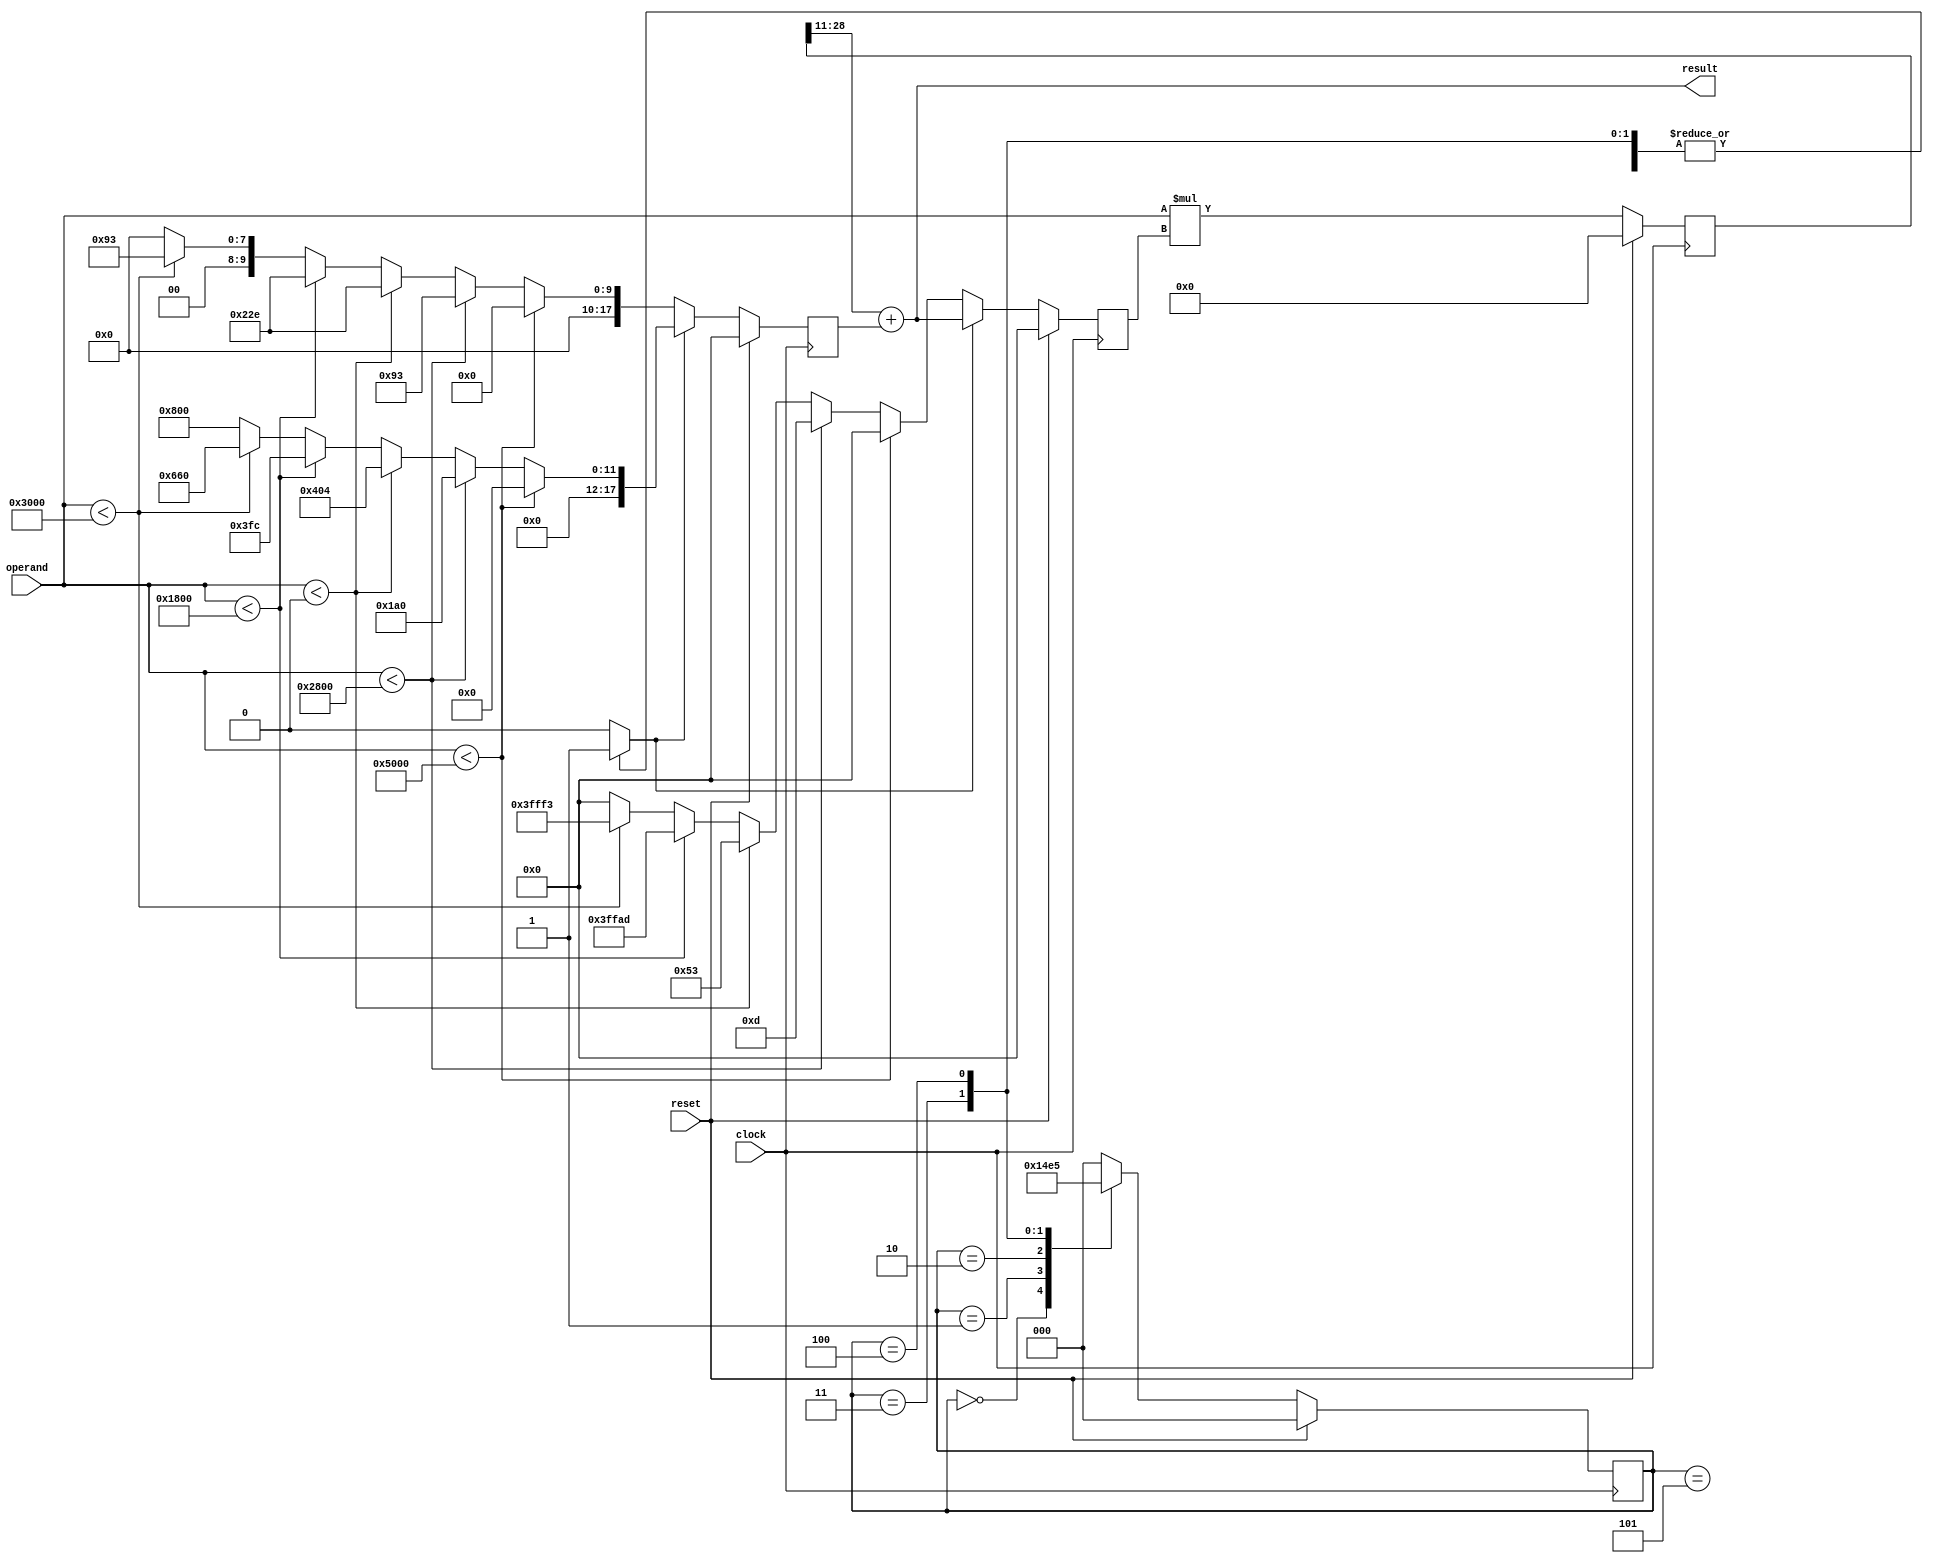
module sigmoid  #(parameter QN = 6,
                  parameter QM = 11) 
                 (input signed  [QN+QM:0] operand,
                  input                 clock,
                  input                 reset,
                  output reg signed [QN+QM:0] result);
   
    parameter BITWIDTH = QN + QM + 1;

    // The polynomial coefficients. FORMAT: pn_ix, where n is the degree of the associated x term, and x is the corresponding interval 
    reg signed [QN+QM:0] p0_i1 = 18'b000000000110100000;
    reg signed [QN+QM:0] p1_i1 = 18'b000000000010010011;
    reg signed [QN+QM:0] p2_i1 = 18'b000000000000001101;
    reg signed [QN+QM:0] p0_i2 = 18'b000000010000000100;    
    reg signed [QN+QM:0] p1_i2 = 18'b000000001000101110;
    reg signed [QN+QM:0] p2_i2 = 18'b000000000001010011;
    reg signed [QN+QM:0] p0_i3 = 18'b000000001111111100;
    reg signed [QN+QM:0] p1_i3 = 18'b000000001000101110;
    reg signed [QN+QM:0] p2_i3 = 18'b111111111110101101;
    reg signed [QN+QM:0] p0_i4 = 18'b000000011001100000;
    reg signed [QN+QM:0] p1_i4 = 18'b000000000010010011;
    reg signed [QN+QM:0] p2_i4 = 18'b111111111111110011;

    reg signed [QN+QM:0] p2;
    reg signed [QN+QM:0] p1;
    reg signed [QN+QM:0] p0;

    // The state register
    reg state;
    reg signed [2*BITWIDTH:0] outputMAC;
    reg signed [BITWIDTH-1:0] multiplierMux;
    reg signed [BITWIDTH-1:0] adderMux;
    //reg signed [BITWIDTH-1:0] result;
    reg interval_mux_active;

	reg [2:0] STATE;
	reg [2:0] NEXT_STATE;
	parameter IDLE            = 3'd0;
	parameter INTERVAL_CHOICE = 3'd1;
	parameter COEF_CHOICE     = 3'd2;
	parameter MAC1 = 3'd3;
	parameter MAC2 = 3'd4;
	parameter END  = 3'd5;

    // Interval selector logic
    always @(*) begin
		if(reset) begin
			p2 <= 18'd0;
			p1 <= 18'd0;
			p0 <= 18'd0;
		end
		else begin
			if (operand < $signed(18'b111101000000000000)) begin
				p2 <= 18'd0;  
				p1 <= 18'd0;   
				p0 <= 18'd0;   
			end
			else if (operand < $signed(18'b111110100000000000)) begin
				p2 <= p2_i1;
				p1 <= p1_i1;
				p0 <= p0_i1;
			end
			else if (operand < $signed(18'd0)) begin
				p2 <= p2_i2;
				p1 <= p1_i2;
				p0 <= p0_i2;
			end
			else if (operand < $signed(18'b000001100000000000)) begin
				p2 <= p2_i3;
				p1 <= p1_i3;
				p0 <= p0_i3;
			end
			else if (operand < $signed(18'b000011000000000000)) begin
				p2 <= p2_i4;
				p1 <= p1_i4;
				p0 <= p0_i4;
			end
			else begin
				p2 <= 18'd0;
				p1 <= 18'd0;
				p0 <= 18'b000000100000000000;
			end
		end
    end

    // The coefficient multiplier input Muxes
    always @(posedge clock) begin
        if(reset) begin
            multiplierMux <= 18'd0;
            adderMux      <= 18'd0;
        end
        else begin
            if (state == 1'b0) begin
                multiplierMux <= p2;
                adderMux <= p1;
            end
            else begin
                multiplierMux <= result;
                adderMux <= p0;
            end
        end
    end
    
    always @(posedge clock) begin
		if(reset) begin
			outputMAC <= 37'b0;
			//resultP   <= 18'd0;
		end 
		else begin
			outputMAC <= operand*multiplierMux;
			//resultP   <= result;
		end
	end
	
	always @(*) begin
		result = (outputMAC >>> QM) + adderMux;
	end
    
    
    // --- Finite State Machine --- //
    always @(posedge clock) begin
		if(reset) begin
			STATE <= IDLE;
		end
		else begin
			STATE <= NEXT_STATE;
		end
	end
	
	always @(*) begin
		case(STATE)
		
		IDLE:
		begin
			interval_mux_active = 1;
			state =0;

		end
		
		INTERVAL_CHOICE:
		begin
			interval_mux_active = 1;
			state =0;

		end
		
		COEF_CHOICE:
		begin
			interval_mux_active = 0;
			state =0;

		end
		
		MAC1:
		begin
			interval_mux_active = 0;
			state = 1;

		end
		
		MAC2:
		begin
			interval_mux_active = 0;
			state = 1;

		end	
		
		END:
		begin
			interval_mux_active = 0;
			state = 1;

		end
		
		default:
		begin
			interval_mux_active = 0;
			state = 0;

		end
		endcase
	end
	
	always @(*) begin
		case(STATE)
		
		IDLE:
		begin
			NEXT_STATE = INTERVAL_CHOICE;
		end
		
		INTERVAL_CHOICE:
		begin
			NEXT_STATE = COEF_CHOICE;
		end
		
		COEF_CHOICE:
		begin
			NEXT_STATE = MAC1;
		end
		
		MAC1:
		begin
			NEXT_STATE = MAC2;
		end
		
		MAC2:
		begin
			NEXT_STATE = END;
		end	
		
		END:
		begin
			NEXT_STATE = IDLE;
		end
		
		default:
		begin
			NEXT_STATE = IDLE;
		end
		
		endcase
	end		
	

endmodule